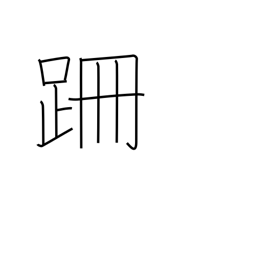
Meaning: stumble